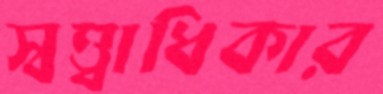
স্বত্ত্বাধিকার